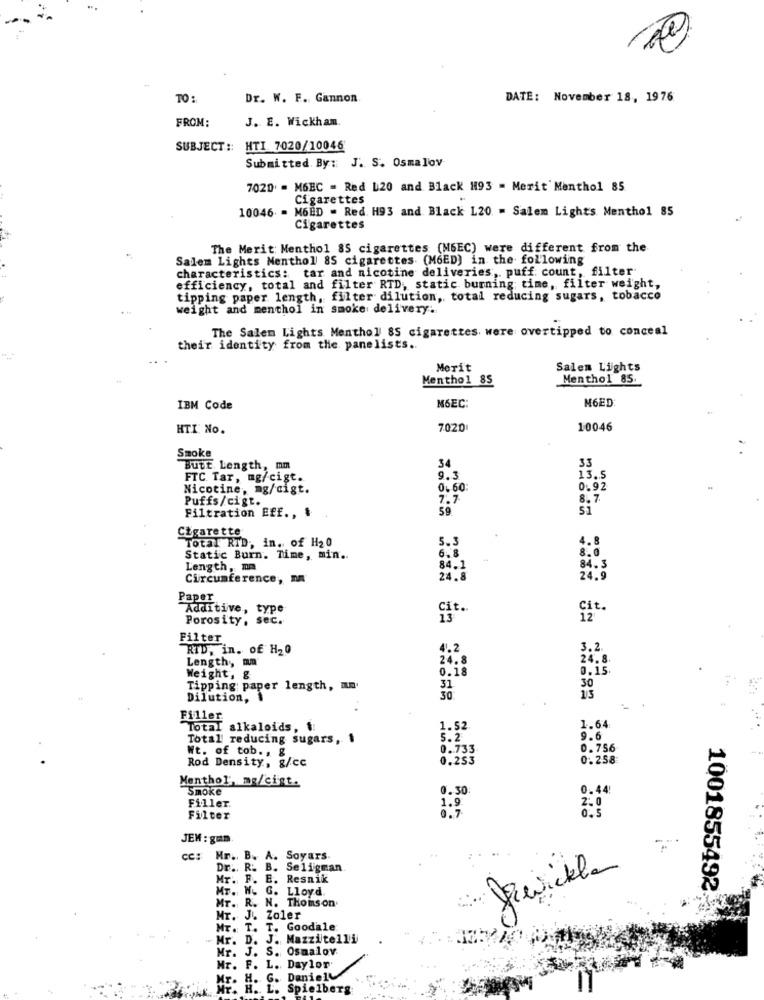
2x
TO:
Dr. W. F. Gannon
DATE: November 18, 1976
FROM:
J. E. Wickham.
SUBJECT :: HTI. 7020/10046
Submitted By :: J. S. Osmalov
7020 = M6BC = Red L20 and Black H93 = Merit Menthol 85
Cigarettes
10046 = M6BD - Red. H93 and Black 120 - Salem Lights Menthol 85
Cigarettes
The Merit: Menthol 85 cigarettes (M6EC) were different from the
Salem Lights Menthol 85 cigarettes (M6ED) in the following
characteristics: tar and nicotine deliveries, puff count, filter
efficiency, total and filter RTD, static burning time, filter weight,
tipping paper length, filter dilution, total reducing sugars, tobacco
weight and menthol in smoke delivery.
The Salem Lights Menthol 85 cigarettes were overtipped to conceal
their identity from the panelists ..
Merit
Salem Lights
Menthol 85
Menthol 85
M6EC
M6ED
IBM Code
HTI No.
7020
10046
Smoke
33
Butt Length, mm
34
FTC. Tar, mg/cigt.
9.3
13.5
Nicotine, mg/digt.
0.60
0.92
Puffs/cigt.
7.7
8.7
59.
51
Filtration Eff ., &
Cigarette
Total RTD, in. of H20
5.3
4.8
6.8
8.0
Static Burn. Time, min ..
Length, mm
84.1
84.3
Circumference, DA
24.8
24.9
Paper
Additive, type
Cit ..
Cit.
Porosity, sec.
13
12
Filter
RID, in. of H20
4.2
3.2.
Length, mn
24.8
24.8
0.18
0.15
Weight, &
Tipping paper length, mm
31
30
Dilution,
30
Filler
Total alkaloids, t
1.52
1.64
Total reducing sugars, 1
5.2
9.6
Wt. of tob ., &
0.733
0.756
Rod Density, g/cc
0.253
0. 258
Menthol, mg/cigt.
Smoke
0.30
0.44
Filler.
1.9
2.0
0.5
Filter
0. 7
JEM : gmm.
cc:
Mr. B. A. Soyars.
Dr .. R. B. Seligman
Mr. F. E. Resnik
MT. W. G. Lloyd.
1001855492
Mr. R. N. THoinson
Mr. J .. Zoler
Mr. T. T. Goodale
Mr. D. J. Mazzitelli
. J. S. Osmalov
Mr ..
Mr. F. L. Daylor
Mr. H. G. Daniel
Mr. H. L. Spielberg